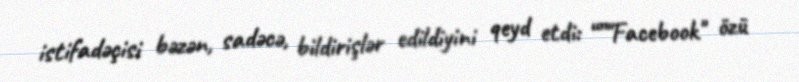
istifadəçisi bəzən, sadəcə, bildirişlər edildiyini qeyd etdi: “”"Facebook" özü